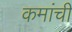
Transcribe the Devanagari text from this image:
कमांची